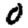
Digit: 0